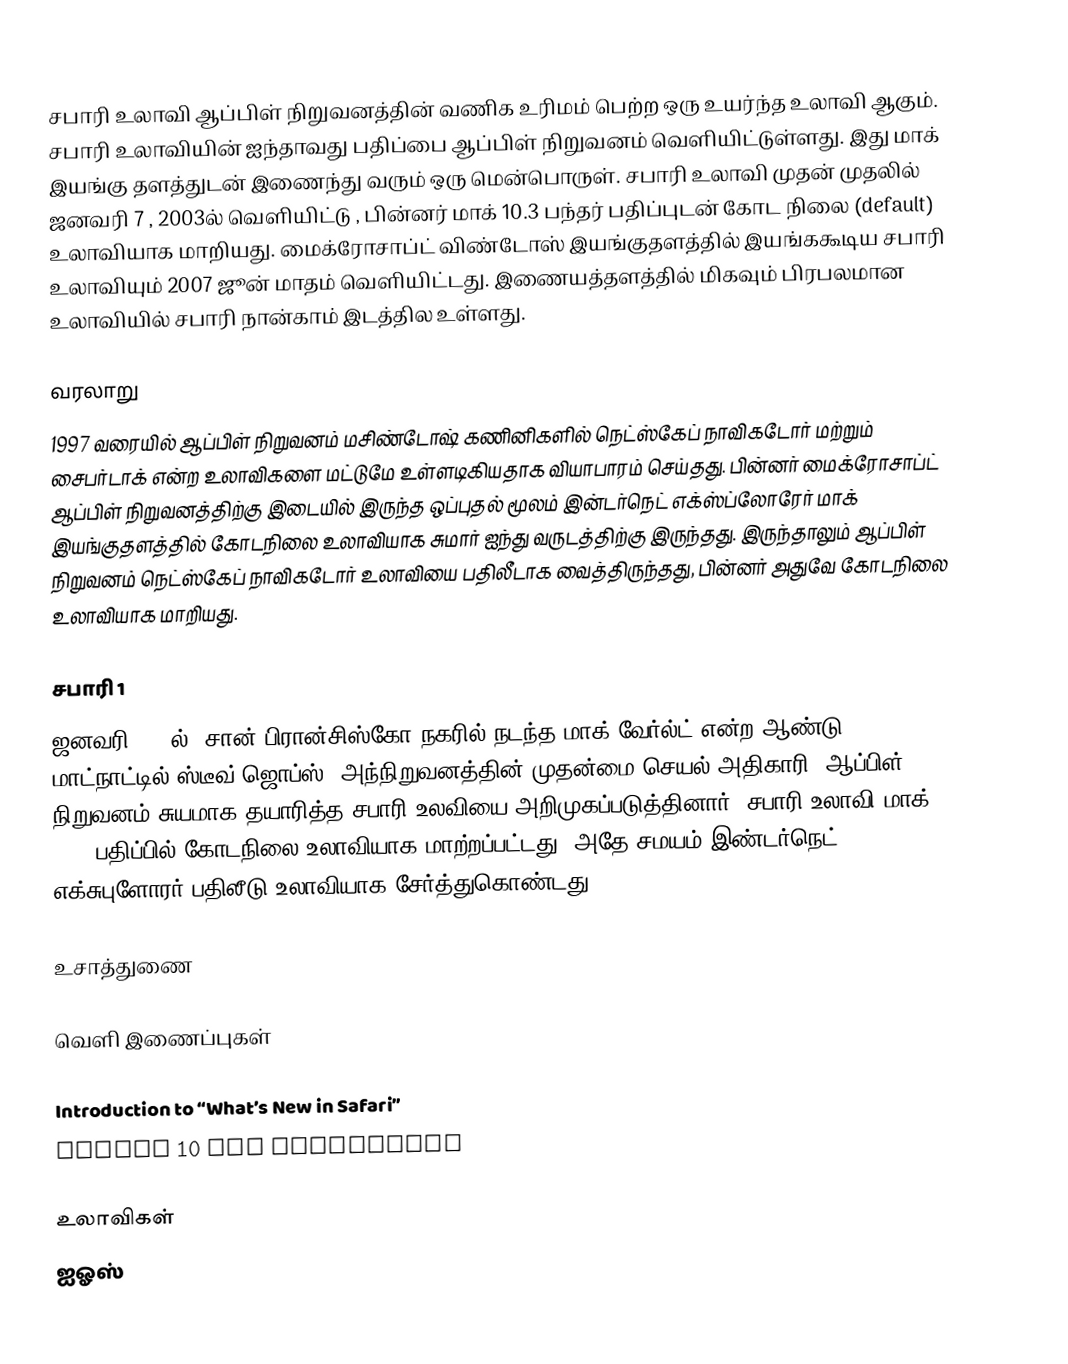
சபாரி உலாவி ஆப்பிள் நிறுவனத்தின் வணிக உரிமம் பெற்ற ஒரு உயர்ந்த உலாவி ஆகும். சபாரி உலாவியின் ஐந்தாவது பதிப்பை ஆப்பிள் நிறுவனம் வெளியிட்டுள்ளது. இது மாக் இயங்கு தளத்துடன் இணைந்து வரும் ஒரு மென்பொருள். சபாரி உலாவி முதன் முதலில் ஜனவரி 7 , 2003ல் வெளியிட்டு , பின்னர் மாக் 10.3 பந்தர் பதிப்புடன் கோட நிலை (default) உலாவியாக மாறியது. மைக்ரோசாப்ட் விண்டோஸ் இயங்குதளத்தில் இயங்ககூடிய சபாரி உலாவியும் 2007 ஜூன் மாதம்  வெளியிட்டது. இணையத்தளத்தில் மிகவும் பிரபலமான உலாவியில் சபாரி நான்காம் இடத்தில உள்ளது.

வரலாறு
1997 வரையில் ஆப்பிள் நிறுவனம் மசிண்டோஷ் கணினிகளில் நெட்ஸ்கேப் நாவிகடோர்  மற்றும் சைபர்டாக் என்ற உலாவிகளை மட்டுமே உள்ளடிகியதாக வியாபாரம் செய்தது. பின்னர் மைக்ரோசாப்ட் ஆப்பிள் நிறுவனத்திற்கு இடையில் இருந்த ஒப்புதல் மூலம்  இன்டர்நெட் எக்ஸ்ப்லோரேர் மாக் இயங்குதளத்தில் கோடநிலை உலாவியாக சுமார் ஐந்து வருடத்திற்கு இருந்தது. இருந்தாலும் ஆப்பிள் நிறுவனம் நெட்ஸ்கேப் நாவிகடோர் உலாவியை பதிலீடாக வைத்திருந்தது, பின்னர் அதுவே கோடநிலை உலாவியாக மாறியது.

சபாரி 1
ஜனவரி 2003ல், சான் பிரான்சிஸ்கோ நகரில் நடந்த மாக் வேர்ல்ட் என்ற ஆண்டு மாட்நாட்டில் ஸ்டீவ் ஜொப்ஸ், அந்நிறுவனத்தின் முதன்மை செயல் அதிகாரி, ஆப்பிள் நிறுவனம் சுயமாக தயாரித்த சபாரி உலவியை அறிமுகப்படுத்தினார். சபாரி உலாவி மாக் 10.3 பதிப்பில் கோடநிலை உலாவியாக மாற்றப்பட்டது, அதே சமயம் இண்டர்நெட் எக்சுபுளோரர் பதிலீடு உலாவியாக சேர்த்துகொண்டது .

உசாத்துணை

வெளி இணைப்புகள்

Introduction to “What’s New in Safari”
Safari 10 for Developers

உலாவிகள்
ஐஓஸ்